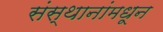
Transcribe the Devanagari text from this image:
संस्थानांमधून